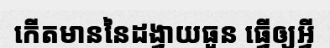
កើតមាននៃដង្វាយធួន ធ្វើឲ្យអ្វី